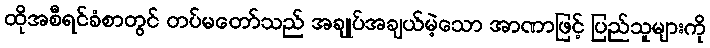
ထိုအစီရင်ခံစာတွင် တပ်မတော်သည် အချုပ်အချယ်မဲ့သော အာဏာဖြင့် ပြည်သူများကို